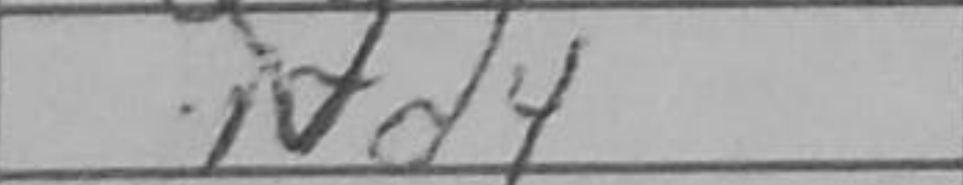
Transcription: Nd4